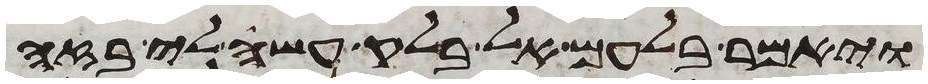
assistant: ויאמר בלעם אל בלק עשה לי בזה